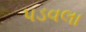
પડવલા